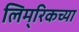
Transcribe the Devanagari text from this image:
लिम्‌रिकच्या